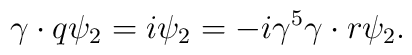
\gamma \cdot q\psi _{2}=i\psi _{2}=-i\gamma ^{5}\gamma \cdot r\psi _{2}.